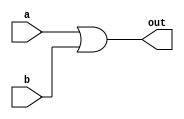
`timescale 1ns / 1ps
//////////////////////////////////////////////////////////////////////////////////
// Company: 
// Engineer: 
// 
// Design Name: 
// Module Name:    OR_2x1 
// Project Name: 
// Target Devices: 
// Tool versions: 
// Description: 
//
// Dependencies: 
//
// Revision: 
// Revision 0.01 - File Created
// Additional Comments: 
//
//////////////////////////////////////////////////////////////////////////////////
module OR_2x1(a,b,out);
input a,b;
output out;

assign out = a|b;
endmodule